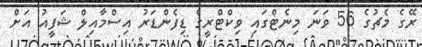
ރޭގެ މެޗުގެ 56 ވަނަ މިނެޓްގައި ވިކްޓްރީގެ ޑިފެންޑަރު އިސްމާއިލް ޝަފީއު އަށް